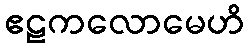
ဧဠကလောမေဟိ